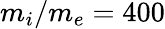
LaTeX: m_{i}/m_{e}=400